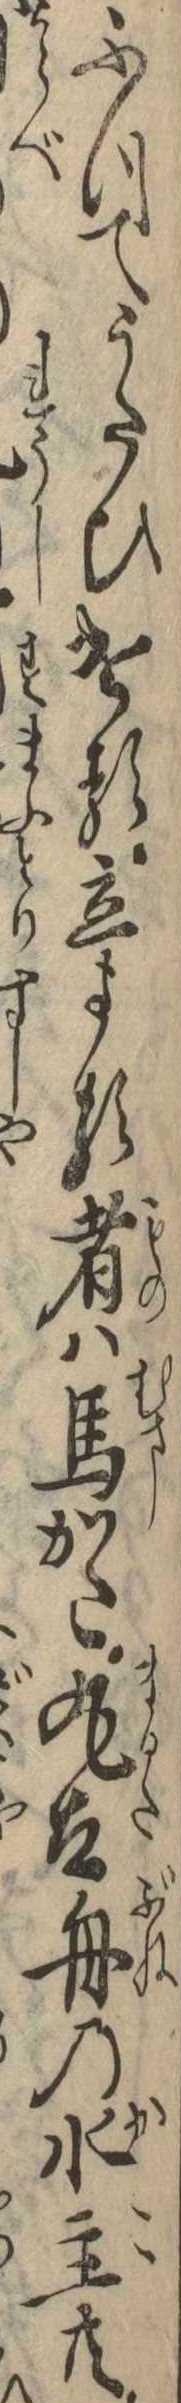
ふつてうたひける立よる者は馬かた丸太舟の水主共